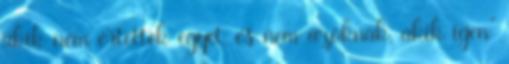
akik nem értettek egyet, és nem azoknak, akik igen"